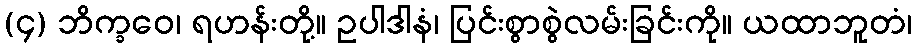
(၄) ဘိက္ခဝေ၊ ရဟန်းတို့။ ဥပါဒါနံ၊ ပြင်းစွာစွဲလမ်းခြင်းကို။ ယထာဘူတံ၊